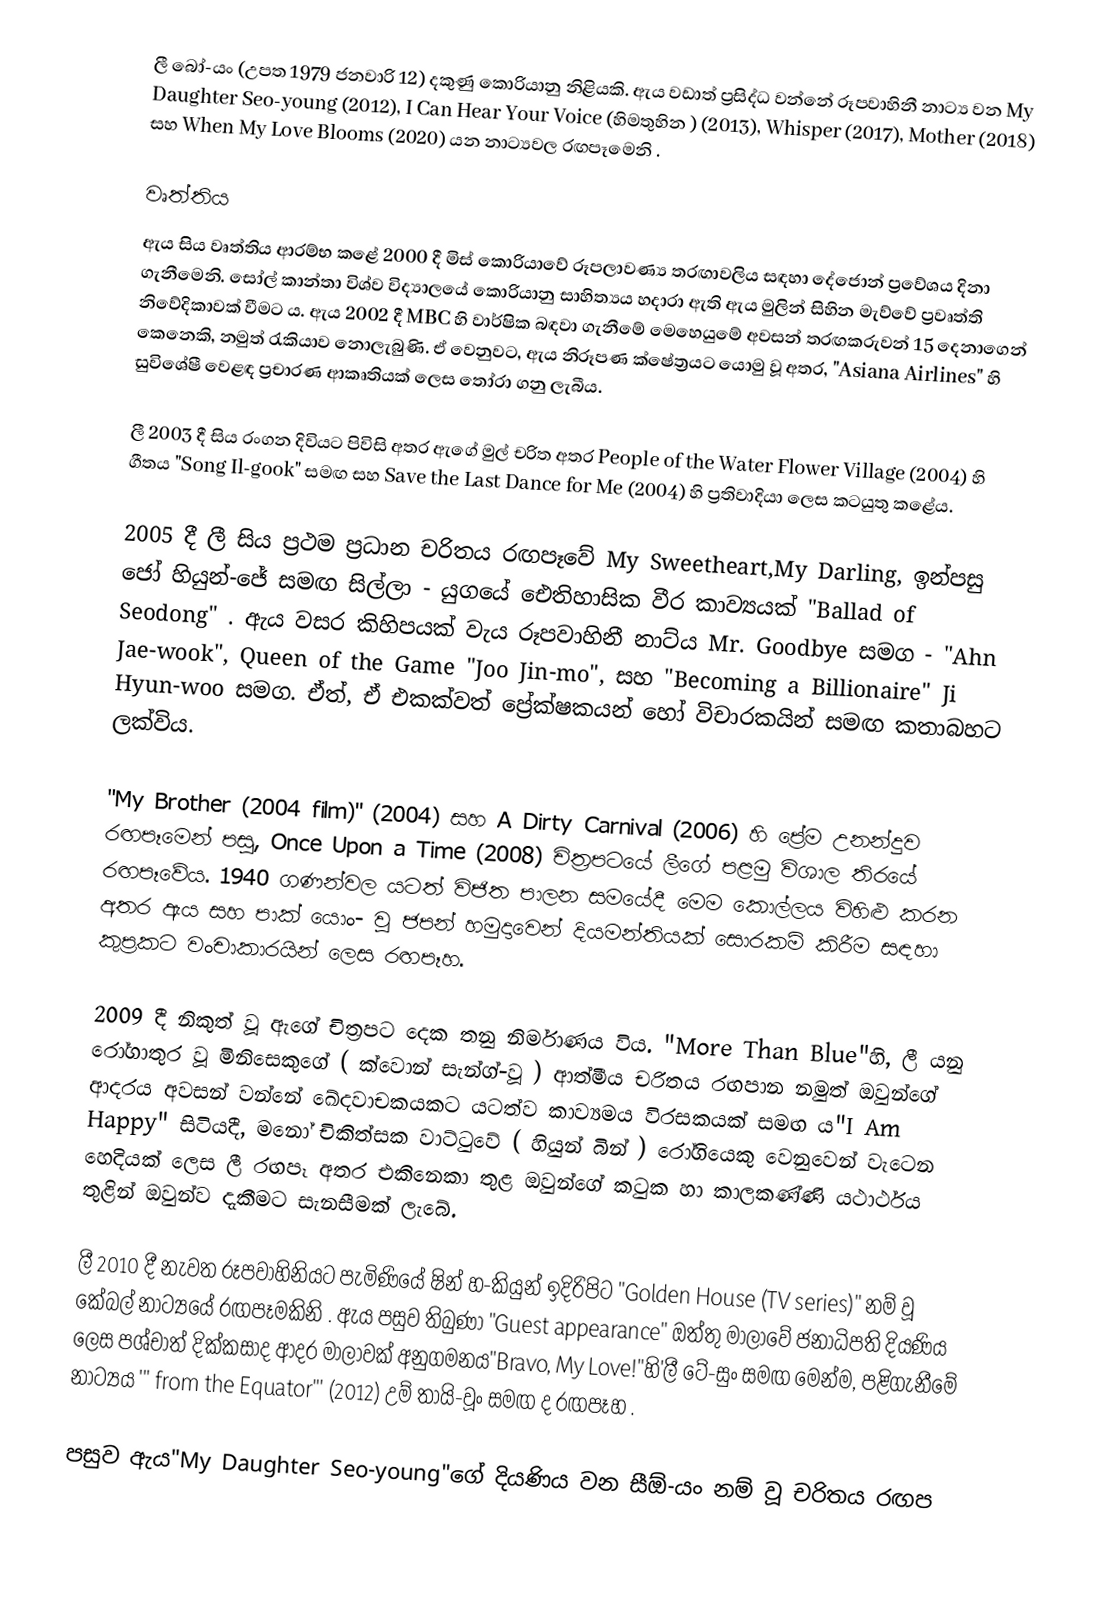
ලී බෝ-යං (උපත 1979 ජනවාරි 12) දකුණු කොරියානු නිළියකි. ඇය වඩාත් ප්‍රසිද්ධ වන්නේ රූපවාහිනී නාට්‍ය වන My Daughter Seo-young (2012), I Can Hear Your Voice (හිමතුහින ) (2013), Whisper (2017), Mother (2018) සහ When My Love Blooms (2020) යන නාට්‍යවල රඟපෑමෙනි .

වෘත්තිය
ඇය සිය වෘත්තිය ආරම්භ කළේ 2000 දී මිස් කොරියාවේ රූපලාවණ්‍ය තරඟාවලිය සඳහා දේජොන්  ප්‍රවේශය දිනා ගැනීමෙනි.  සෝල් කාන්තා විශ්ව විද්‍යාලයේ කොරියානු සාහිත්‍යය හදාරා ඇති ඇය මුලින් සිහින මැව්වේ ප්‍රවෘත්ති නිවේදිකාවක් වීමට ය. ඇය 2002 දී MBC හි වාර්ෂික බඳවා ගැනීමේ මෙහෙයුමේ අවසන් තරඟකරුවන් 15 දෙනාගෙන් කෙනෙකි, නමුත් රැකියාව නොලැබුණි.  ඒ වෙනුවට, ඇය නිරූපණ ක්ෂේත්‍රයට යොමු වූ අතර, "Asiana Airlines" හි සුවිශේෂී වෙළඳ ප්‍රචාරණ ආකෘතියක් ලෙස තෝරා ගනු ලැබීය.

ලී 2003 දී සිය රංගන දිවියට පිවිසි අතර ඇගේ මුල් චරිත අතර People of the Water Flower Village (2004) හි ගීතය "Song Il-gook" සමඟ  සහ Save the Last Dance for Me (2004) හි ප්‍රතිවාදියා ලෙස කටයුතු කළේය.

2005 දී ලී සිය ප්‍රථම ප්‍රධාන චරිතය රඟපෑවේ My Sweetheart,My Darling,  ඉන්පසු ජෝ හියුන්-ජේ සමඟ සිල්ලා - යුගයේ ඓතිහාසික වීර කාව්‍යයක් "Ballad of Seodong" . ඇය වසර කිහිපයක් වැය රූපවාහිනී නාට්ය Mr. Goodbye සමග - "Ahn Jae-wook", Queen of the Game "Joo Jin-mo", සහ "Becoming a Billionaire" Ji Hyun-woo   සමග.  ඒත්, ඒ එකක්වත් ප්‍රේක්ෂකයන් හෝ විචාරකයින් සමඟ කතාබහට ලක්විය.

"My Brother (2004 film)" (2004) සහ A Dirty Carnival (2006) හි ප්‍රේම උනන්දුව රඟපෑමෙන් පසු, Once Upon a Time (2008) චිත්‍රපටයේ ලීගේ පළමු විශාල තිරයේ රඟපෑවේය. 1940 ගණන්වල යටත් විජිත පාලන සමයේදී මෙම කොල්ලය විහිළු කරන අතර ඇය සහ පාක් යොං- වූ ජපන් හමුදාවෙන් දියමන්තියක් සොරකම් කිරීම සඳහා කුප්‍රකට වංචාකාරයින් ලෙස රඟපෑහ.

2009 දී නිකුත් වූ ඇගේ චිත්‍රපට දෙක තනු නිර්මාණය විය. "More Than Blue"හි, ලී යනු රෝගාතුර වූ මිනිසෙකුගේ ( ක්වොන් සැන්ග්-වූ ) ආත්මීය චරිතය රඟපාන නමුත් ඔවුන්ගේ ආදරය අවසන් වන්නේ ඛේදවාචකයකට යටත්ව කාව්‍යමය විරසකයක් සමඟ ය"I Am Happy" සිටියදී, මනෝ චිකිත්සක වාට්ටුවේ ( හියුන් බින් ) රෝගියෙකු වෙනුවෙන් වැටෙන හෙදියක් ලෙස ලී රඟපෑ අතර එකිනෙකා තුළ ඔවුන්ගේ කටුක හා කාලකණ්ණි යථාර්ථය තුළින් ඔවුන්ව දැකීමට සැනසීමක් ලැබේ.

ලී 2010 දී නැවත රූපවාහිනියට පැමිණියේ ෂින් හ-කියුන් ඉදිරිපිට  "Golden House (TV series)" නම් වූ කේබල් නාට්‍යයේ රඟපෑමකිනි . ඇය පසුව තිබුණා "Guest appearance" ඔත්තු මාලාවේ ජනාධිපති දියණිය ලෙස  පශ්චාත් දික්කසාද ආදර මාලාවක් අනුගමනය"Bravo, My Love!"හි'ලී ටේ-සුං සමඟ මෙන්ම, පළිගැනීමේ නාට්‍යය '" from the Equator"' (2012) උම් තායි-වූං සමඟ ද රඟපෑහ .

පසුව ඇය"My Daughter Seo-young"ගේ දියණිය වන සීඕ-යං නම් වූ චරිතය රඟප